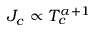
{ J } _ { c } \propto T _ { c } ^ { \alpha + 1 }